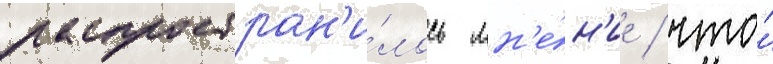
распростран'и́лось мн'е́н'ие / что́